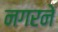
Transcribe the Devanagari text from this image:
नगरने